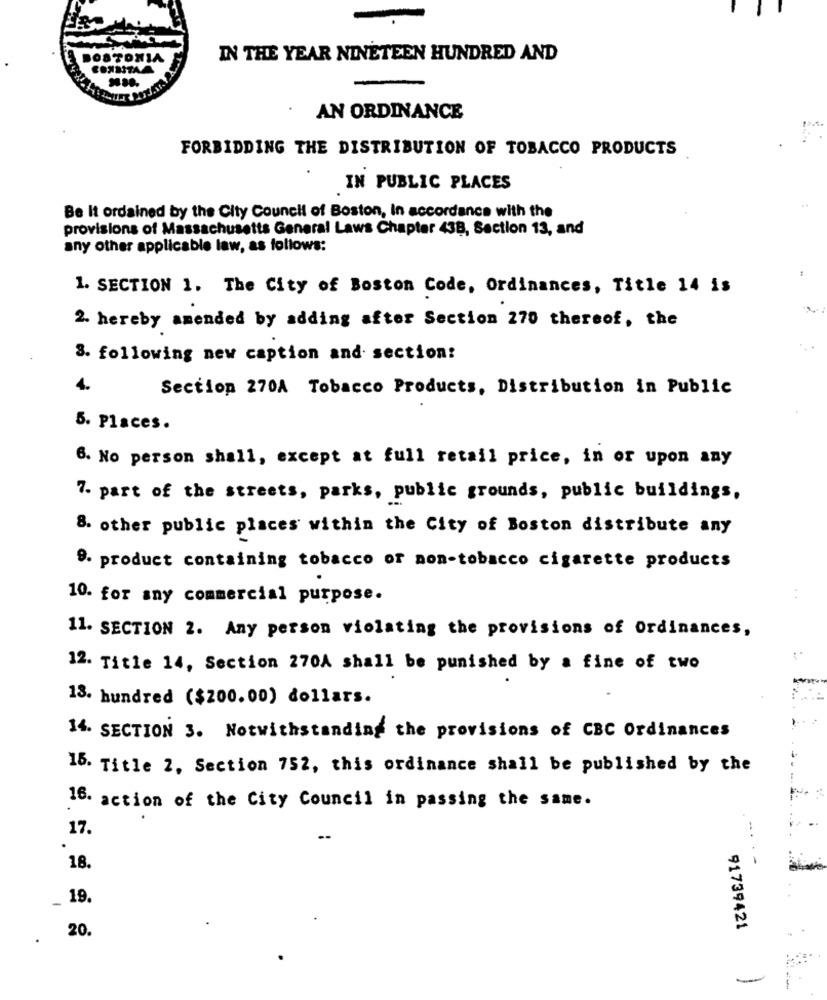
-
BOSTONIA
IN THE YEAR NINETEEN HUNDRED AND
CONSITA
AN ORDINANCE
FORBIDDING THE DISTRIBUTION OF TOBACCO PRODUCTS
IN PUBLIC PLACES
Be It ordained by the City Council of Boston, In accordance with the
provisions of Massachusetts General Laws Chapter 438, Section 13, and
any other applicable law, as follows:
1. SECTION 1. The City of Boston Code, Ordinances, Title 14 is
2. hereby amended by adding after Section 270 thereof, the
3. following new caption and section:
4.
Section 270A Tobacco Products, Distribution in Public
5. Places.
6. No person shall, except at full retail price, in or upon any
7. part of the streets, parks, public grounds, public buildings,
8. other public places within the City of Boston distribute any
9. product containing tobacco or non-tobacco cigarette products
10. for any commercial purpose.
11. SECTION 2. Any person violating the provisions of Ordinances,
12. Title 14, Section 270A shall be punished by a fine of two
18. hundred ($200.00) dollars.
14. SECTION 3. Notwithstanding the provisions of CBC Ordinances
16. Title 2, Section 752, this ordinance shall be published by the
16. action of the City Council in passing the same.
17.
-..
. -
18.
19.
-
91739421
20.
-